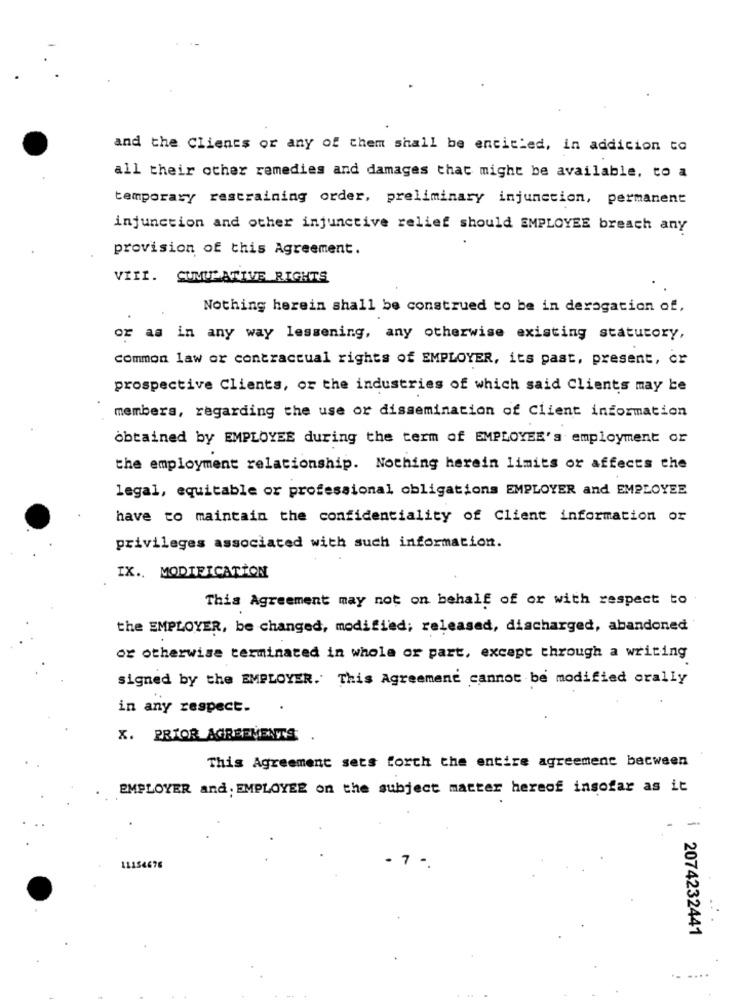
and the Clients or any of them shall be entitled, in addition to
all their other remedies and damages that might be available, to a
temporary restraining order, preliminary injunction, permanent
injunction and other injunctive relief should EMPLOYEE breach any
provision of this Agreement.
VIII. CUMULATIVE RIGHTS
Nothing herein shall be construed to be in derogation of,
or as in any way lessening, any otherwise existing statutory,
Common law or contractual rights of EMPLOYER, its past, present, or
prospective Clients, or the industries of which said Clients may be
members, regarding the use or dissemination of Client information
obtained by EMPLOYEE during the term of EMPLOYEE's employment or
the employment relationship. Nothing herein limits or affects the
legal, equitable or professional obligations EMPLOYER and EMPLOYEE
have to maintain the confidentiality of Client information or
privileges associated with such information.
IX .. MODIFICATION
This Agreement may not on behalf of or with respect to
the EMPLOYER, be changed, modified; released, discharged, abandoned
or otherwise terminated in whole or part, except through a writing
signed by the EMPLOYER. This Agreement cannot be modified orally
in any respect.
X. PRIOR AGREEMENTS
This Agreement sets forth the entire agreement between
EMPLOYER and. EMPLOYEE on the subject matter hereof insofar as it
- 7
111546
i 2074232441
. ....